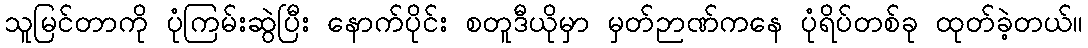
သူမြင်တာကို ပုံကြမ်းဆွဲပြီး နောက်ပိုင်း စတူဒီယိုမှာ မှတ်ဉာဏ်ကနေ ပုံရိပ်တစ်ခု ထုတ်ခဲ့တယ်။